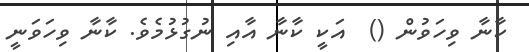
ކާނާ ވިހަވުން ()  އަކީ ކާނާ އާއި ނުގުޅުމެވެ. ކާނާ ވިހަވަނީ